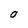
Character: O